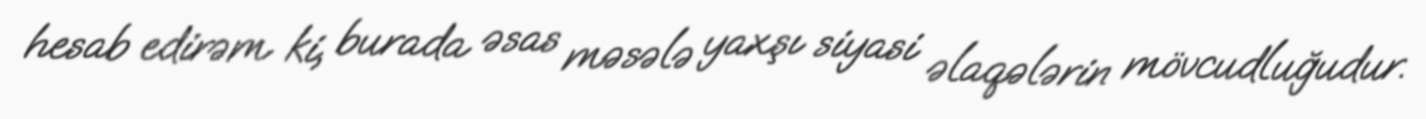
hesab edirəm ki, burada əsas məsələ yaxşı siyasi əlaqələrin mövcudluğudur.